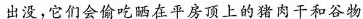
出没，它们会偷吃晒在平房顶上的猪肉干和谷物